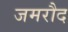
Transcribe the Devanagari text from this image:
जमरौद